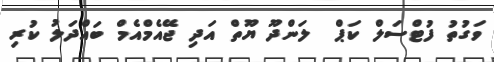
ވަގުތު ފުޓްސަލް ކަޕް  ލަންދޫ ޔޫތް އަދި ޖޭއެމްއެމް ބައްދަލު ކުރި